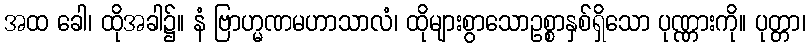
အထ ခေါ၊ ထိုအခါ၌။ နံ ဗြာဟ္မဏမဟာသာလံ၊ ထိုများစွာသောဥစ္စာနှစ်ရှိသော ပုဏ္ဏားကို။ ပုတ္တာ၊